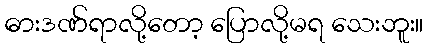
ဓားဒဏ်ရာလို့တော့ ပြောလို့မရ သေးဘူး။